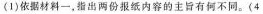
(1)依据材料一，指出两份报纸内容的主旨有何不同。(4